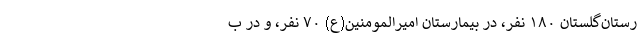
رستان‌گلستان ۱۸۰ نفر، در بیمارستان امیرالمومنین(ع) ۷۰ نفر، و در ب